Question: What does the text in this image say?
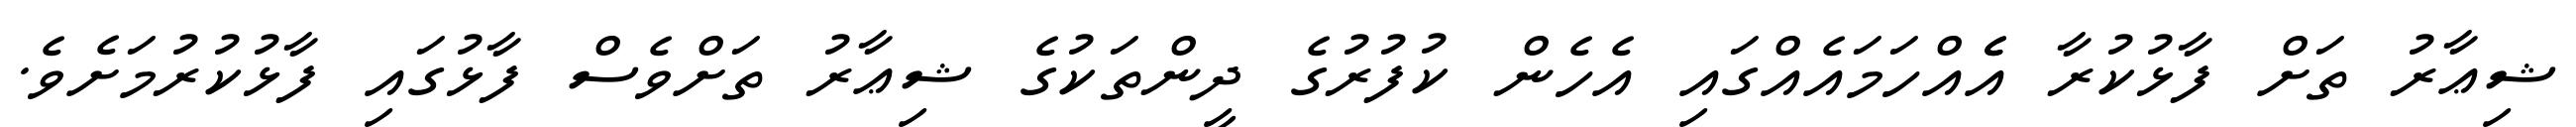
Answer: ޝިޢާރު ތަށް ފާޅުކުރާ އެެއްހަމައެއްގައި އެހެން ކުފުރުގެ ދީންތަކުގެ ޝިޢާރު ތަށްވެސް ފާޅުގައި ފާޅުކުރުމަށެވެ.